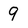
Character: 9